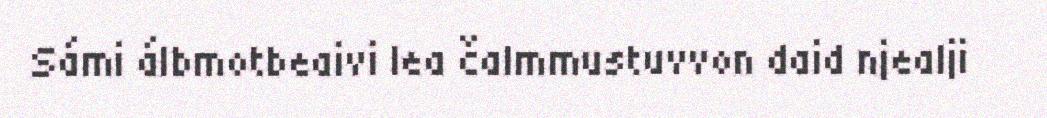
Sámi álbmotbeaivi lea čalmmustuvvon daid njealji